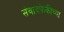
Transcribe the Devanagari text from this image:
संवादफेकीच्या